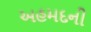
અહમદની